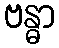
ဗန္ဓာ